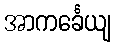
အာကင်္ခေယျ